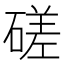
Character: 磋